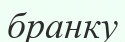
бранку